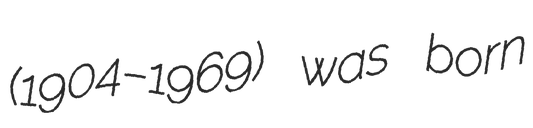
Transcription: (1904–1969) was born